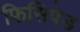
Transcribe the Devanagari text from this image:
फिसिपेड